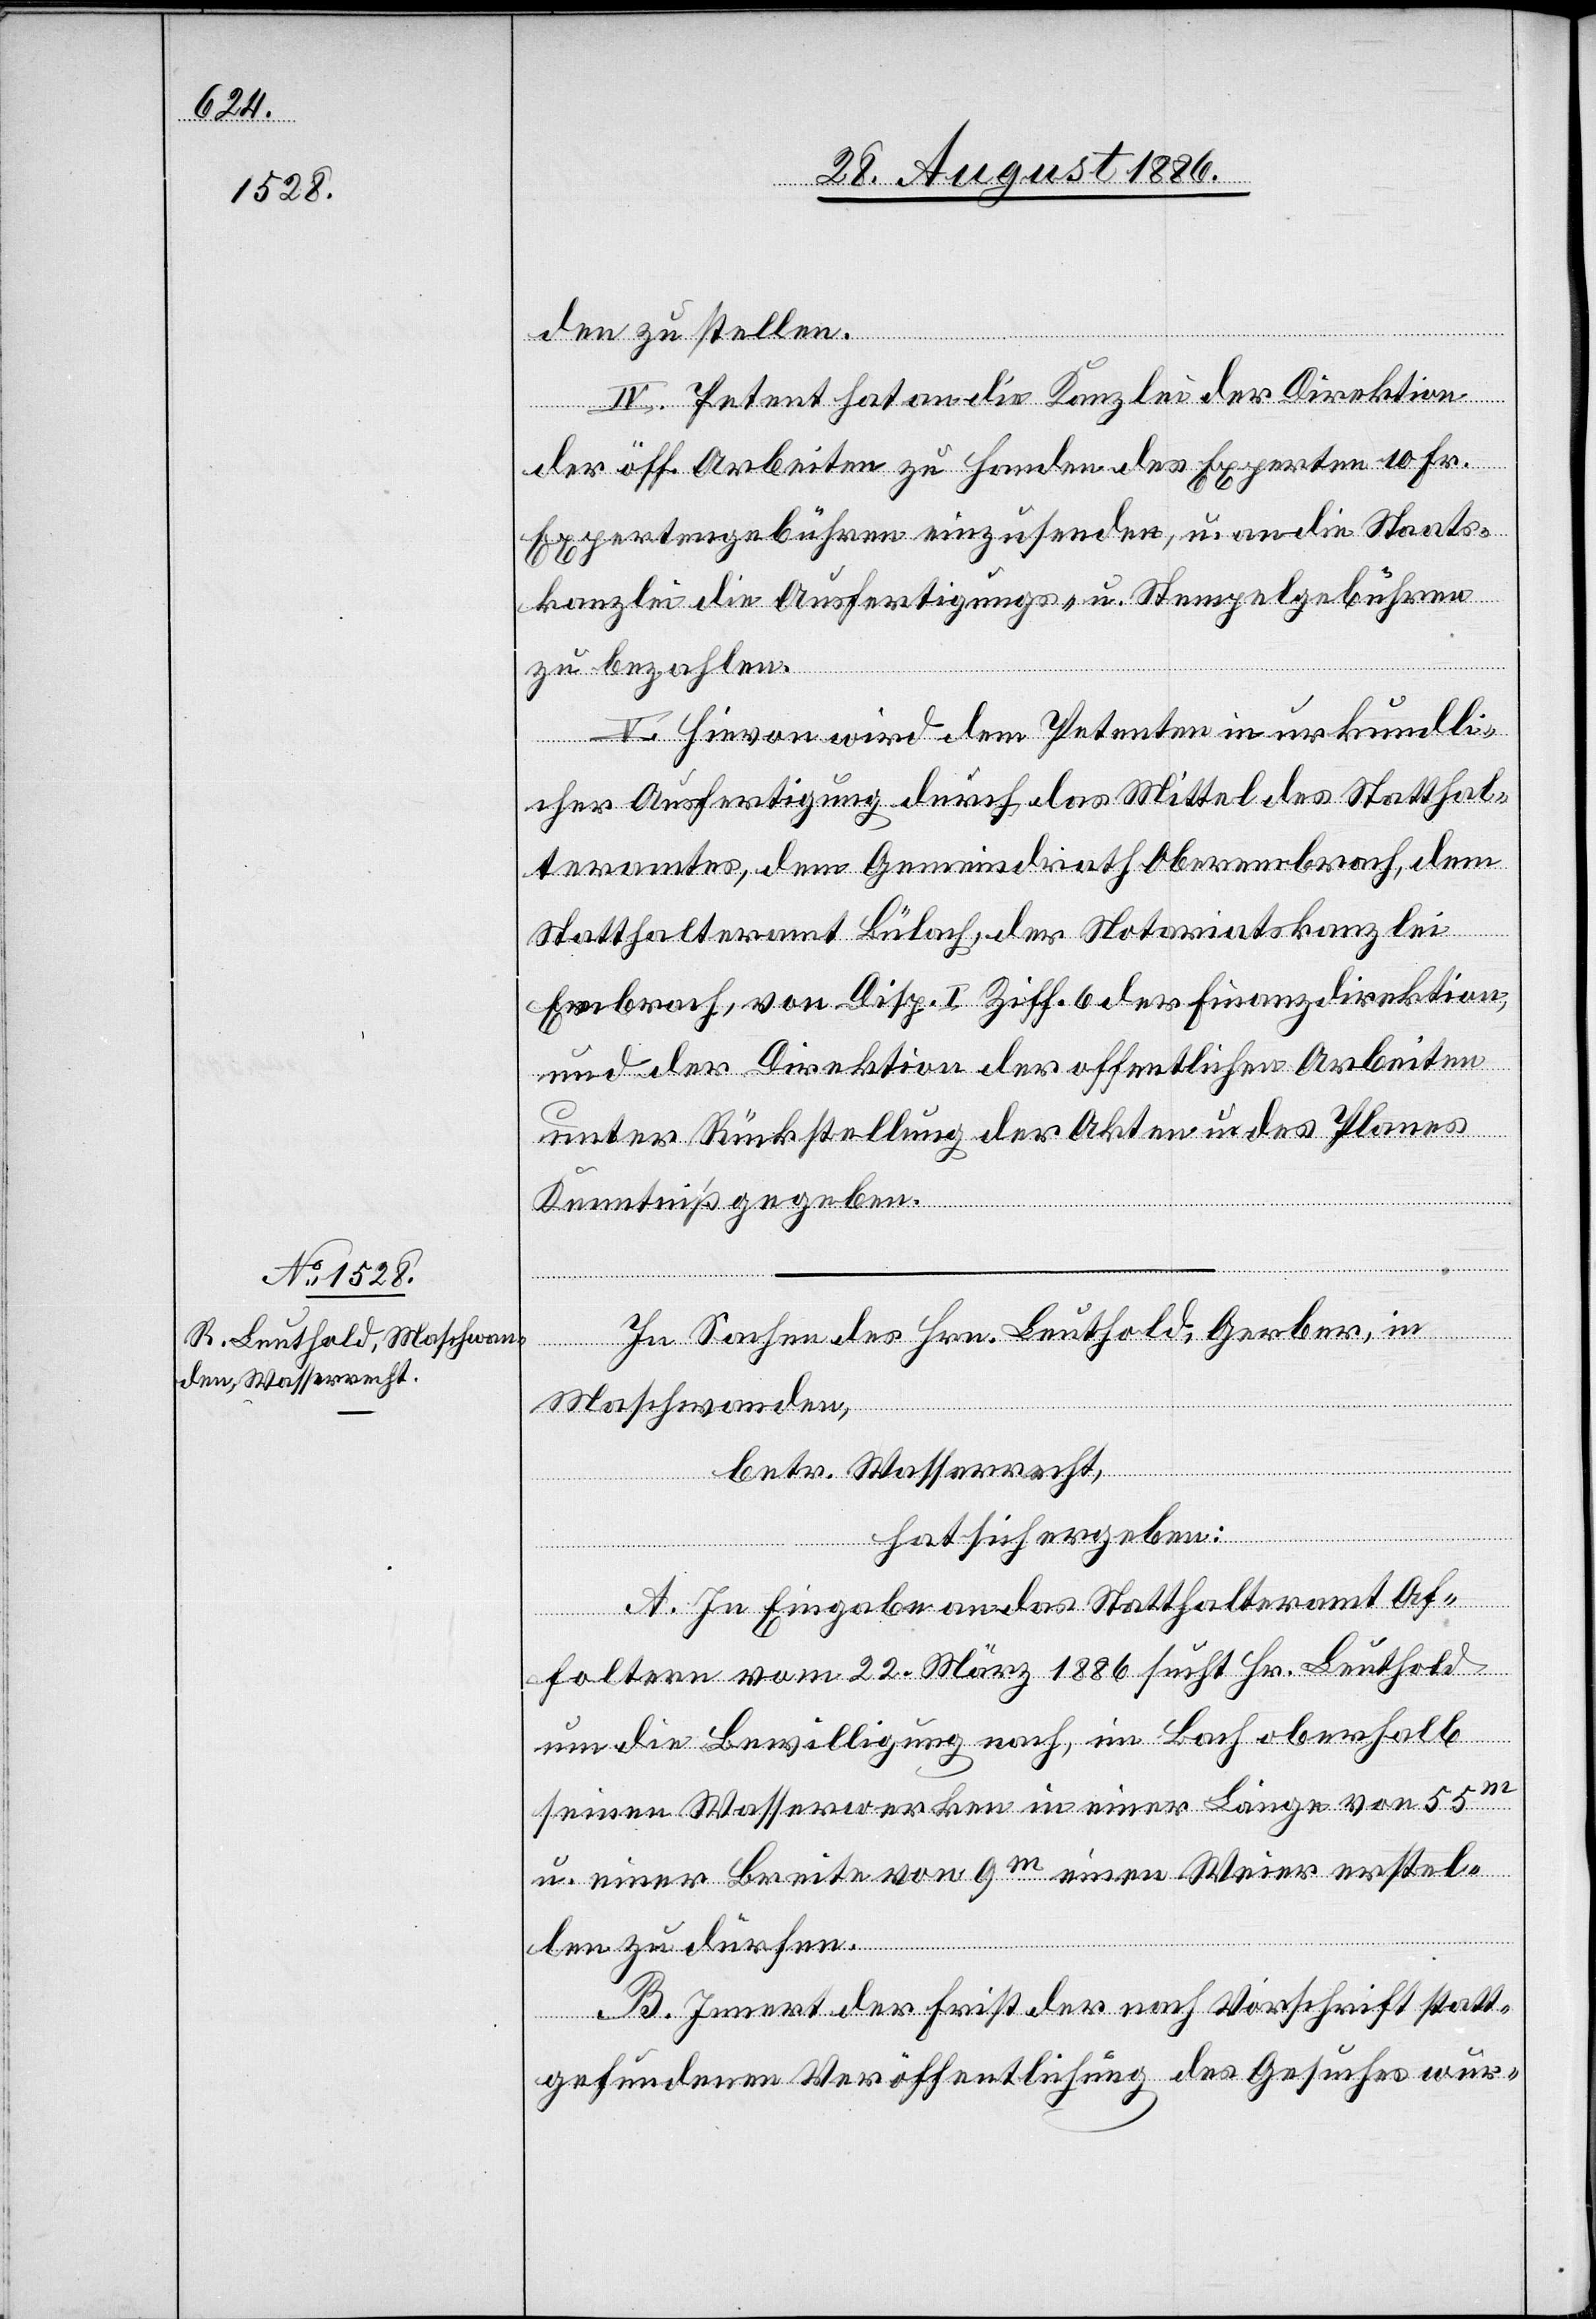
den zu stellen.
IV. Petent hat an die Kanzlei der Direktion
der öff. Arbeiten zu Handen des Experten 10 Fr.
Expertengebühren einzusenden, u. an die Staats¬
kanzlei die Ausfertigungs- & Stempelgebühren
zu bezahlen.
V. Hievon wird dem Petenten in urkundli¬
cher Ausfertigung durch das Mittel des Statthal¬
teramtes, dem Gemeindrath Oberembrach, dem
Statthalteramt Bülach, der Notariatskanzlei
Embrach, von Disp. I Ziff. 6 der Finanzdirektion,
und der Direktion der öffentlichen Arbeiten
unter Rückstellung der Akten u. des Planes
Kenntniß gegeben.
In Sachen des
Maschwanden,
betr. Wasserrecht,
hat sich ergeben:
A. In Eingabe an das Statthalteramt Af¬
foltern vom 22. März 1886 sucht Hr. Leuthold
in
um die Bewilligung nach, im Bach oberhalb
seinen Wasserwerken in einer Länge von 55m
u. einer Breite von 9m einen Weier erstel¬
len zu dürfen.
B. Innert der Frist der nach Vorschrift statt¬
Gerber,
gefundenen Veröffentlichung des Gesuches wur-